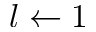
l \gets 1